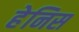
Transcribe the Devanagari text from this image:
हेनिस